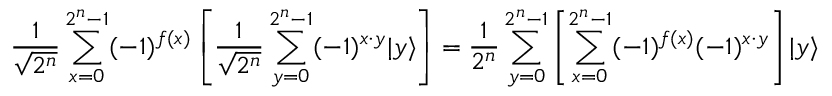
{ \frac { 1 } { \sqrt { 2 ^ { n } } } } \sum _ { x = 0 } ^ { 2 ^ { n } - 1 } ( - 1 ) ^ { f ( x ) } \left[ { \frac { 1 } { \sqrt { 2 ^ { n } } } } \sum _ { y = 0 } ^ { 2 ^ { n } - 1 } ( - 1 ) ^ { x \cdot y } | y \rangle \right] = { \frac { 1 } { 2 ^ { n } } } \sum _ { y = 0 } ^ { 2 ^ { n } - 1 } \left[ \sum _ { x = 0 } ^ { 2 ^ { n } - 1 } ( - 1 ) ^ { f ( x ) } ( - 1 ) ^ { x \cdot y } \right] | y \rangle